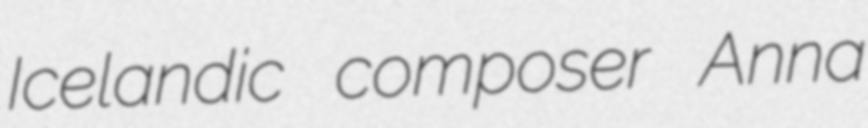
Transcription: Icelandic composer Anna